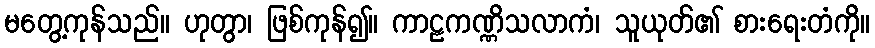
မတွေ့ကုန်သည်။ ဟုတွာ၊ ဖြစ်ကုန်၍။ ကာဠကဏ္ဏိသလာကံ၊ သူယုတ်၏ စားရေးတံကို။